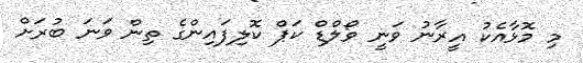
މި މޮޅާއެކު އީރާނު ވަނީ ވޯލްޑް ކަޕް ކޮލިފައިންގެ ތިން ވަނަ ބުރަށް